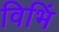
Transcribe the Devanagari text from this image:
विभिं